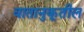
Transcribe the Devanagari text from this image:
वातानुकूतील